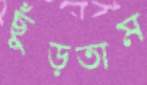
ছুঁড়তাম